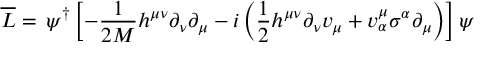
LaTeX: \overline { { { { \cal { L } } } } } = \, \psi ^ { \dagger } \left[ - \frac { 1 } { 2 M } h ^ { \mu \nu } \partial _ { \nu } \partial _ { \mu } - i \left( \frac { 1 } { 2 } h ^ { \mu \nu } \partial _ { \nu } v _ { \mu } + v _ { \alpha } ^ { \mu } \sigma ^ { \alpha } \partial _ { \mu } \right) \right] \psi